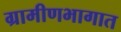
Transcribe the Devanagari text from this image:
ग्रामीणभागात